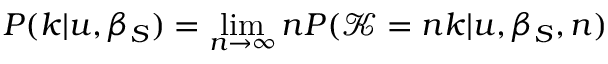
P ( k | u , \beta _ { S } ) = \operatorname* { l i m } _ { n \rightarrow \infty } n P ( \mathcal { K } = n k | u , \beta _ { S } , n )